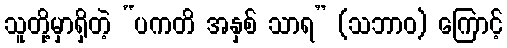
သူတို့မှာရှိတဲ့ “ပကတိ အနှစ် သာရ” (သဘာဝ) ကြောင့်